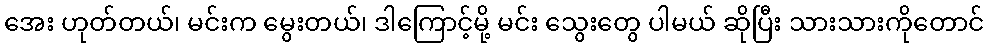
အေး ဟုတ်တယ်၊ မင်းက မွေးတယ်၊ ဒါကြောင့်မို့ မင်း သွေးတွေ ပါမယ် ဆိုပြီး သားသားကိုတောင်